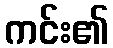
ကင်း၏